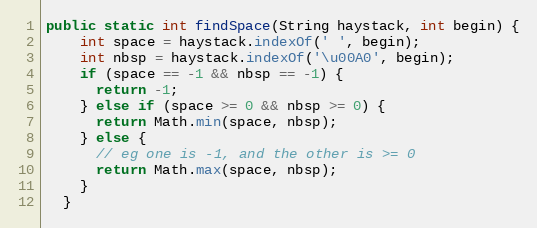
Language: Java
public static int findSpace(String haystack, int begin) {
    int space = haystack.indexOf(' ', begin);
    int nbsp = haystack.indexOf('\u00A0', begin);
    if (space == -1 && nbsp == -1) {
      return -1;
    } else if (space >= 0 && nbsp >= 0) {
      return Math.min(space, nbsp);
    } else {
      // eg one is -1, and the other is >= 0
      return Math.max(space, nbsp);
    }
  }